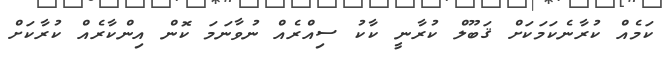
ކަމެއް ކުރާނެކަމަކަށް ޤަބޫލް ކުރާނީ ކާކު ސިއްރެއް ނުވާނަމަ ކޮން އިންކާރެއް ކުރާކަށް